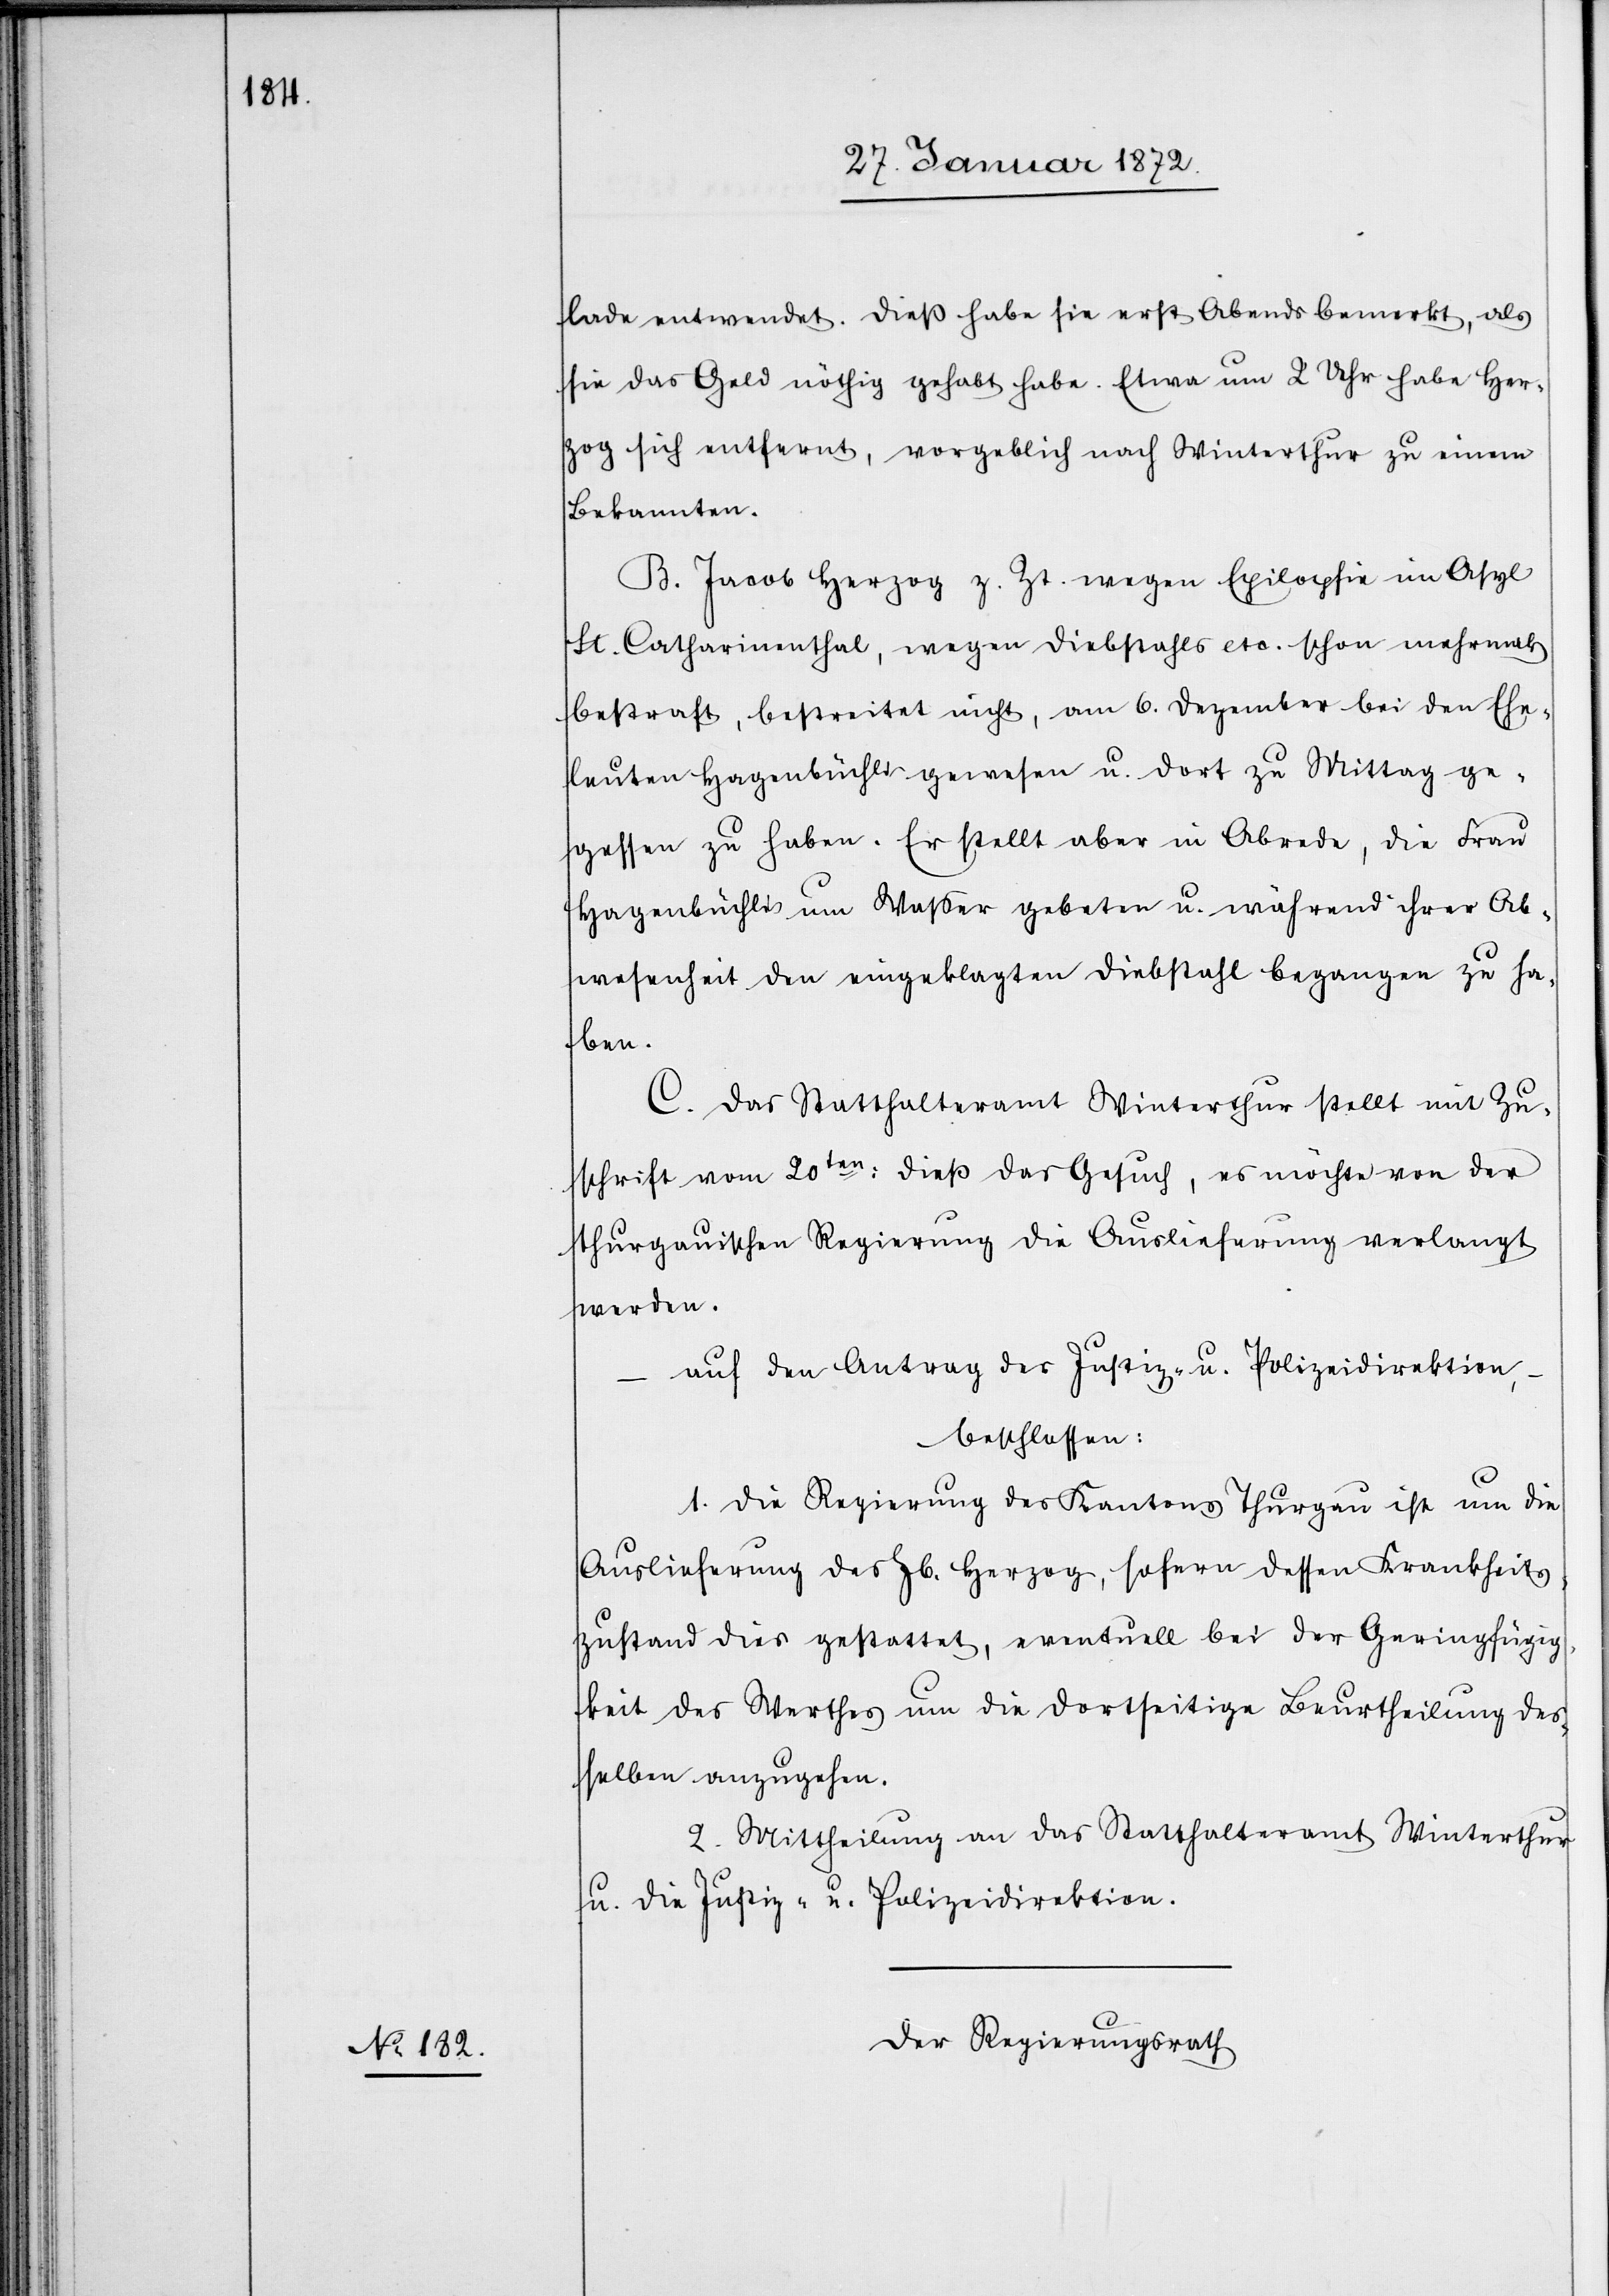
lade entwendet. Dieß habe sie erst Abends bemerkt, als
sie das Geld nöthig gehabt habe. Etwa um 2 Uhr habe Her¬
zog sich entfernt, vorgeblich nach Winterthur zu einem
Bekannten.
B. Jacob Herzog z. Zt. wegen Epilopsie [sic!] im Asyl
St. Catharinenthal, wegen Diebstahls etc. schon mehrmals
bestraft, bestreitet nicht, am 6. Dezember bei den Ehe¬
leuten Hagenbüchli gewesen u. dort zu Mittag ge¬
gessen zu haben. Er stellt aber in Abrede, die Frau
Hagenbüchli um Wasser gebeten u. während ihrer Ab¬
wesenheit den eingeklagten Diebstahl begangen zu ha¬
ben.
C. Das Statthalteramt Winterthur stellt mit Zu¬
schrift vom 20ten dieß das Gesuch, es möchte von der
thurgauischen Regierung die Auslieferung verlangt
werden,
auf den Antrag der Justiz- u. Polizeidirektion,
–
beschlossen:
1. Die Regierung des Kantons Thurgau ist um die
Auslieferung des Jb. Herzog, sofern dessen Krankheits¬
zustand dies gestattet, eventuell bei der Geringfügig¬
keit des Werthes um die dortseitige Beurtheilung des¬
selben anzugehen.
2. Mittheilung an das Statthalteramt Winterthur
u. die Justiz- u. Polizeidirektion.
Der Regierungsrath